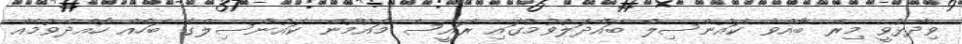
ވިދާޅުވީ މިރޭ ބާއްވާ ކައުންސިލް ބައްދަލުވުމުގައި ރައީސް މައުމޫން ކައުންސިލްގެ ބަހެއް ހޯއްދެވުމެއް